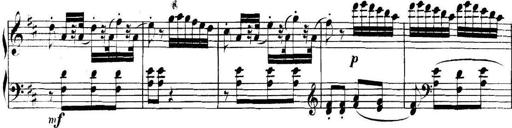
Title: Collected Piano Sonatas
Composer: Muzio Clementi